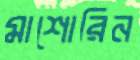
মাশোরিন